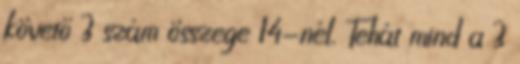
követő 3 szám összege 14-nél. Tehát mind a 3